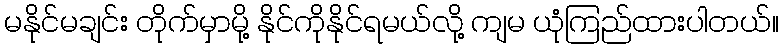
မနိုင်မချင်း တိုက်မှာမို့ နိုင်ကိုနိုင်ရမယ်လို့ ကျမ ယုံကြည်ထားပါတယ်။